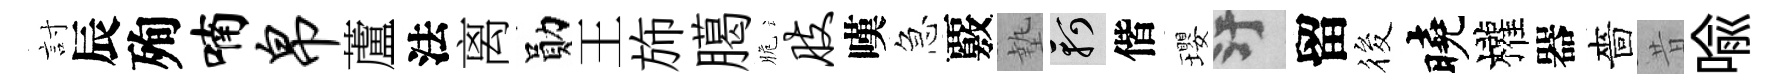
討辰殉喃帛蘆法离勛王斾臈脆肢嘆急覈墊軻偕瓔污留筱曉權器嗇昔喩